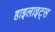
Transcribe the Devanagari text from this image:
हाइलाइट्स